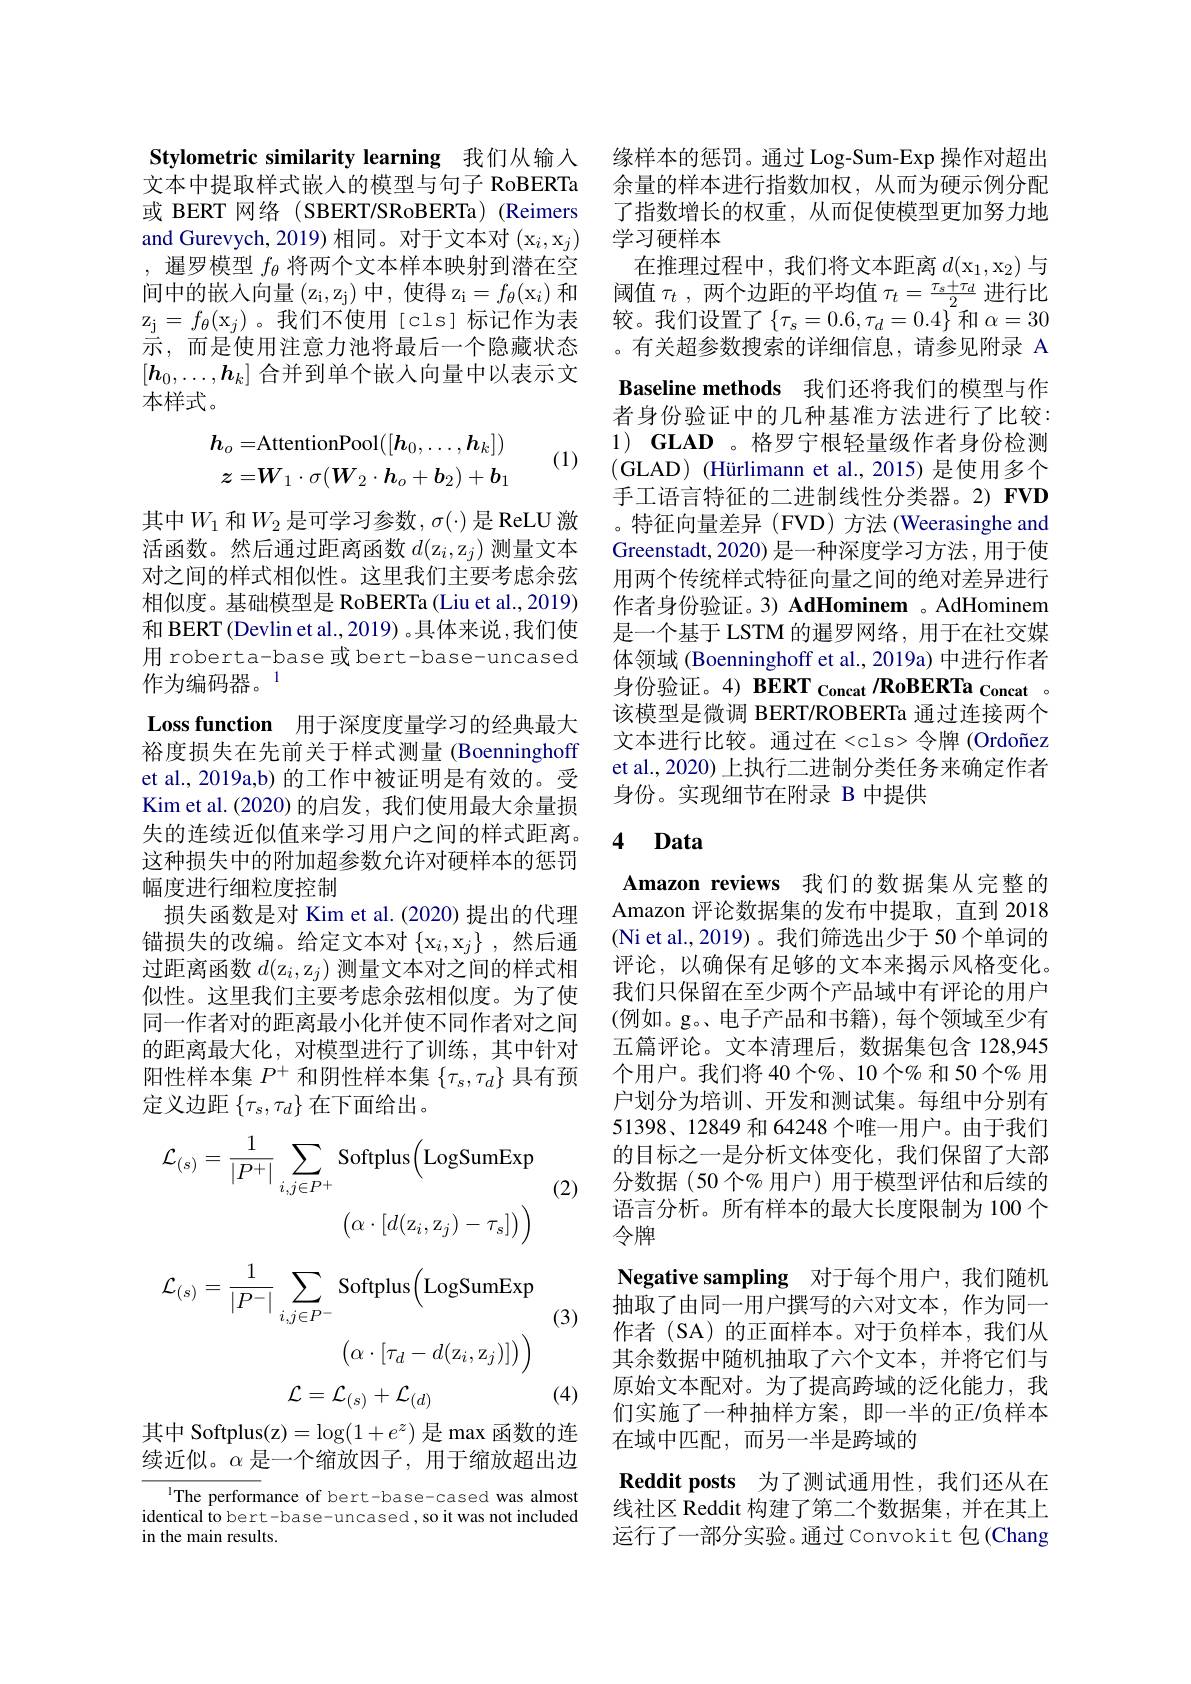
Stylometric similarity learning 我们从输入文本中提取样式嵌入的模型与句子 RoBERTa 或 BERT 网络 (SBERT/SRoBERTa) (Reimers and Gurevych, 2019) 相同。对于文本对 (x$_i,\mathrm{x}_j)$ , 暹罗模型$f_\theta$将两个文本样本映射到潜在空间中的嵌入向量 $( z_i, z_j) 中 , 使 得 z_i= f_\theta ( x_i) 和$ $z_j$= $f_\theta$( $x_j$) 。我 们 不 使 用 [ cls] 标 记 作 为 表 示，而是使用注意力池将最后一个隐藏状态$[\boldsymbol{h}_0,\ldots,\boldsymbol{h}_k]$合并到单个嵌入向量中以表示文本样式。
$$h_{o}=\mathrm{AttentionPool}([h_{0},\ldots,h_{k}])\\z=W_{1}\cdot\sigma(W_{2}\cdot h_{o}+b_{2})+b_{1}$$
(1)

其中$W_1$ 和$W_2$ 是可学习参数，$\sigma(\cdot)$ 是 ReLU 激活函数。然后通过距离函数$d(\mathrm{z}_i,\mathrm{z}_j)$测量文本对之间的样式相似性。这里我们主要考虑余弦相似度。基础模型是 RoBERTa (Liu et al.,2019) 和 BERT (Devlin et al., 2019) 。具体来说 ,我们使用 roberta-base 或 bert-base-uncased 作为编码器。1

Loss function 用于深度度量学习的经典最大

裕度损失在先前关于样式测量 (Boenninghoff et al., 2019a,b) 的工作中被证明是有效的。受Kim et al. (2020) 的启发，我们使用最大余量损失的连续近似值来学习用户之间的样式距离。这种损失中的附加超参数允许对硬样本的惩罚幅度进行细粒度控制
损失函数是对 Kim et al.(2020) 提出的代理锚损失的改编。给定文本对$\{\mathrm{x}_i,\mathrm{x}_j\}$ ,然后通过距离函数$d(\mathrm{z}_i,\mathrm{z}_j)$测量文本对之间的样式相似性。这里我们主要考虑余弦相似度。为了使同一作者对的距离最小化并使不同作者对之间的距离最大化，对模型进行了训练，其中针对阳性样本集$P^+$和阴性样本集$\{\tau_s,\tau_d\}$具有预定义边距$\{\tau_s,\tau_d\}$在下面给出。
$$\mathcal{L}_{(s)}=\frac{1}{|P^{+}|}\sum_{i,j\in P^{+}}\mathrm{Softplus}\Big(\mathrm{LogSumExp}\\\left(\alpha\cdot[d(z_{i},z_{j})-\tau_{s}]\right)\Big)\\\mathcal{L}_{(s)}=\frac{1}{|P^{-}|}\sum_{i,j\in P^{-}}\mathrm{Softplus}\Big(\mathrm{LogSumExp}\\\left(\alpha\cdot[\tau_{d}-d(z_{i},z_{j})]\right)\Big)\\\mathcal{L}=\mathcal{L}_{(s)}+\mathcal{L}_{(d)}$$
(2)

(3)

(4)

其中 Softplus(z)$=\log(1+e^{z})$是 max 函数的连续近似。$\alpha$是一个缩放因子，用于缩放超出边

$^{\text{l}}$The performance of bert-base-cased was almost identical to bert-base-uncased, so it was not included in the main results.

Baseline methods 我们还将我们的模型与作

缘样本的惩罚。通过 Log-Sum-Exp 操作对超出余量的样本进行指数加权，从而为硬示例分配了指数增长的权重，从而促使模型更加努力地学习硬样本
在推理过程中，我们将文本距离$d(\mathrm x_1,\mathrm x_2)$ 与阈值$\tau_t$ ,两个边距的平均值$\tau_t=\frac{\tau_s+\tau_d}2$进行比较。我们设置了$\left\{\tau_s=0.6,\tau_d=0.4\right\}$和$\alpha=30$ 。有关超参数搜索的详细信息，请参见附录 A 者身份验证中的几种基准方法进行了比较： 1) GLAD 。格罗宁根轻量级作者身份检测(GLAD) (Hürlimann et al.,2015) 是使用多个手工语言特征的二进制线性分类器。2) FVD 。特征向量差异(FVD)方法(Weerasinghe and Greenstadt, 2020) 是一种深度学习方法，用于使用两个传统样式特征向量之间的绝对差异进行作者身份验证。3) AdHominem 。AdHominem 是一个基于 LSTM 的暹罗网络，用于在社交媒体领域 (Boenninghoff et al., 2019a) 中进行作者身份验证。4) BERT concat $\textbf{RoBERTa}_{\text{Concat}}$。该模型是微调 BERT/ROBERTa 通过连接两个文本进行比较。通过在<cls>令牌(Ordoñez et al., 2020) 上执行二进制分类任务来确定作者身份。实现细节在附录 B 中提供

### 4 Data

Amazon reviews 我们的数据集从完整的Amazon 评论数据集的发布中提取，直到 2018 (Ni et al., 2019)。我们筛选出少于 50 个单词的评论，以确保有足够的文本来揭示风格变化。我们只保留在至少两个产品域中有评论的用户(例如。g。、电子产品和书籍),每个领域至少有五篇评论。文本清理后，数据集包含 128,945个用户。我们将 40 个%、10 个% 和 50 个% 用户划分为培训、开发和测试集。每组中分别有51398、12849 和 64248 个唯一用户。由于我们的目标之一是分析文体变化，我们保留了大部分数据(50个% 用户)用于模型评估和后续的语言分析。所有样本的最大长度限制为 100 个令牌
Negative sampling 对于每个用户，我们随机抽取了由同一用户撰写的六对文本，作为同一作者(SA)的正面样本。对于负样本，我们从其余数据中随机抽取了六个文本，并将它们与原始文本配对。为了提高跨域的泛化能力，我们实施了一种抽样方案，即一半的正/负样本在域中匹配，而另一半是跨域的
Reddit posts 为了测试通用性，我们还从在线社区 Reddit 构建了第二个数据集，并在其上运行了一部分实验。通过 Convokit 包(Chang